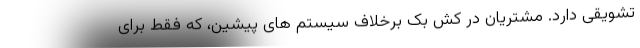
تشویقی دارد. مشتریان در کش بک برخلاف سیستم های پیشین، که فقط برای